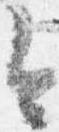
今